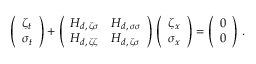
\left( \begin{array} { l } { \medskip \zeta _ { t } } \\ { \sigma _ { t } } \end{array} \right) + \left( \begin{array} { l l } { \medskip H _ { d , \, \zeta \sigma } } & { H _ { d , \, \sigma \sigma } } \\ { H _ { d , \, \zeta \zeta } } & { H _ { d , \, \zeta \sigma } } \end{array} \right) \, \left( \begin{array} { l } { \medskip \zeta _ { x } } \\ { \sigma _ { x } } \end{array} \right) = \left( \begin{array} { l } { \medskip 0 } \\ { 0 } \end{array} \right) \, .